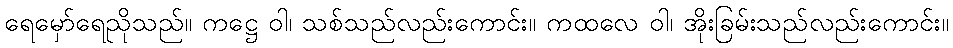
ရေမှော်ရေညိုသည်။ ကဋ္ဌေ ဝါ၊ သစ်သည်လည်းကောင်း။ ကထလေ ဝါ၊ အိုးခြမ်းသည်လည်းကောင်း။